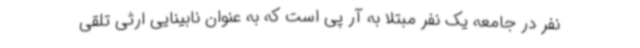
نفر در جامعه یک نفر مبتلا به آر پی است که به عنوان نابینایی ارثی تلقی